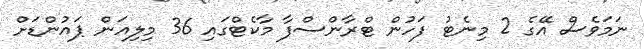
ނަމަވެސް އޭގެ 2 މިނެޓު ފަހުން ޓްރާންސްފާ މާކެޓްގައި 36 މިލިއަން ޕައުންޑަށް